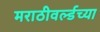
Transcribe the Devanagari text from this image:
मराठीवर्ल्डच्या